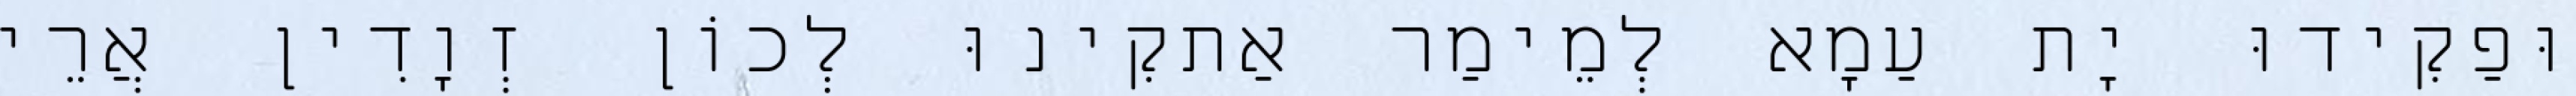
וּפַקִידוּ יָת עַמָא לְמֵימַר אַתקִינוּ לְכוֹן זְוָדִין אֲרֵי